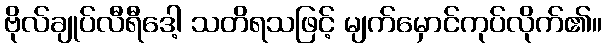
ဗိုလ်ချုပ်လီရီဒေါ့ သတိရသဖြင့် မျက်မှောင်ကုပ်လိုက်၏။